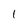
Character: 1